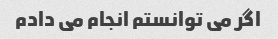
اگر می توانستم انجام می دادم